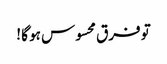
تو فرق محسوس ہو گا !